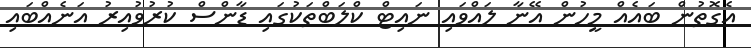
އެގޮތުން ބައެއް މީހުން އޭނާ ލައްވައި ނައިޓް ކްލަބްތަކުގައި ޑާންސް ކުރުވުއިރު އަނެއްބައި